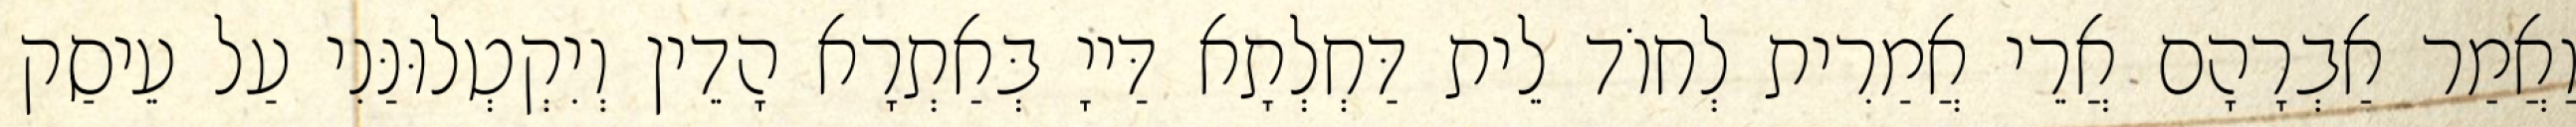
וַאֲמַר אַבְרָהָם אֲרֵי אֲמַרִית לְחוֹד לֵית דַּחְלְתָא דַּייָ בְּאַתְרָא הָדֵין וְיִקְטְלוּנַּנִי עַל עֵיסַק